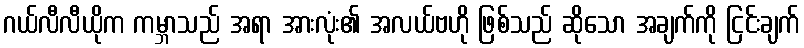
ဂယ်လီလီယိုက ကမ္ဘာသည် အရာ အားလုံး၏ အလယ်ဗဟို ဖြစ်သည် ဆိုသော အချက်ကို ငြင်းချက်